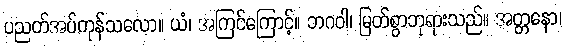
ပညတ်အပ်ကုန်သလော။ ယံ၊ အကြင်ကြောင့်။ ဘဂဝါ၊ မြတ်စွာဘုရားသည်။ အတ္တနော၊